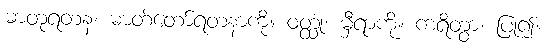
ဓာတုရတနံ၊ ဓာတ်တော်ရတနာကို။ ဝတ္ထုံ၊ မှီရာကို။ ကရိတွာ၊ ပြု၍။